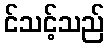
င်သင့်သည်